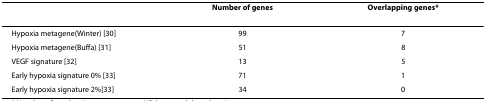
<table><thead><tr><td></td><td><b>Number of genes</b></td><td><b>Overlapping genes*</b></td></tr></thead><tbody><tr><td>Hypoxia metagene(Winter) [30]</td><td>99</td><td>7</td></tr><tr><td>Hypoxia metagene(Buffa) [31]</td><td>51</td><td>8</td></tr><tr><td>VEGF signature [32]</td><td>13</td><td>5</td></tr><tr><td>Early hypoxia signature 0% [33]</td><td>71</td><td>1</td></tr><tr><td>Early hypoxia signature 2%[33]</td><td>34</td><td>0</td></tr></tbody></table>